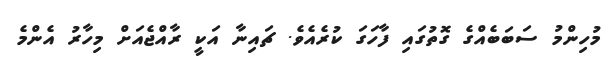
މުހިންމު ސަބަބެއްގެ ގޮތުގައި ފާހަގަ ކުރެއެވެ. ޗައިނާ އަކީ ރާއްޖެއަށް މިހާރު އެންމެ